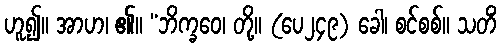
ဟူ၍။ အာဟ၊ ၏။ “ဘိက္ခဝေ၊ တို့။ (ပေ၂၄၉) ခေါ၊ စင်စစ်။ သတိံ